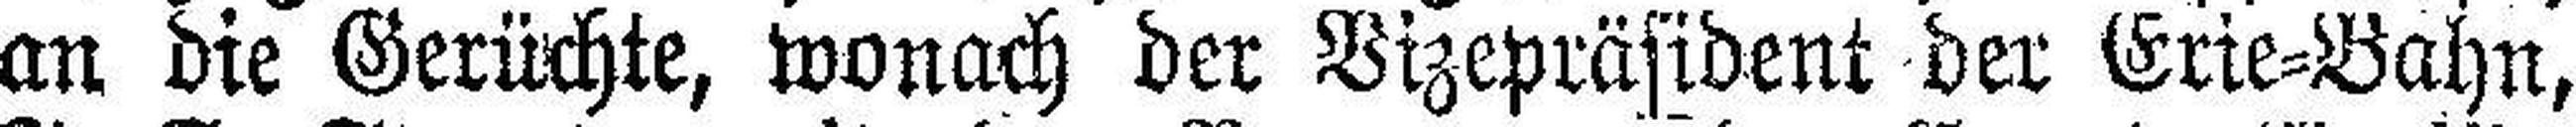
an die Gerüchte, wonach der Vizepräsident der Crie=Bahn,